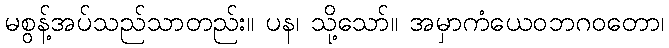
မစွန့်အပ်သည်သာတည်း။ ပန၊ သို့သော်။ အမှာကံယေဝဘဂဝတော၊